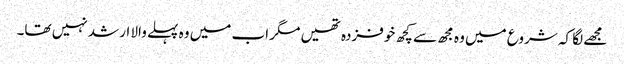
مجھے لگا کہ شروع میں وہ مجھ سے کچھ خوفزدہ تھیں مگر اب میں وہ پہلے والا ارشد نہیں تھا۔